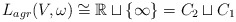
\begin{align*} L_{agr}(V,\omega)\cong \mathbb{R}\sqcup\{\infty\}=C_2\sqcup C_1\end{align*}